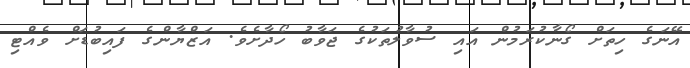
އޭނަގެ ހިތަށް ގޯނާކުރަމުން އައި ސުވާލުތަކުގެ ޖަވާބު ހޯދާށެވެ. އަޒްޔާންގެ ފައިބުޑަށް ވެއްޓި